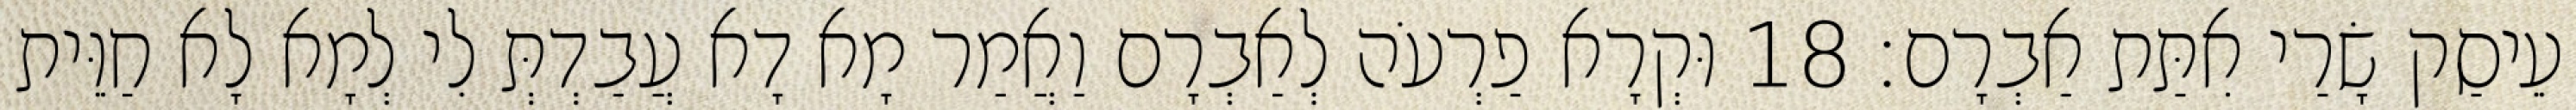
עֵיסַק שָׂרַי אִתַּת אַבְרָם׃ 18 וּקְרָא פַרְעֹה לְאַבְרָם וַאֲמַר מָא דָא עֲבַדְתְּ לִי לְמָא לָא חַוֵּית